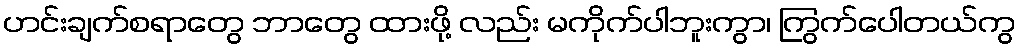
ဟင်းချက်စရာတွေ ဘာတွေ ထားဖို့ လည်း မကိုက်ပါဘူးကွာ၊ ကြွက်ပေါတယ်ကွ